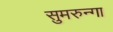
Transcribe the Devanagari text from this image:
सुमरुन्गा